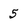
Character: 5